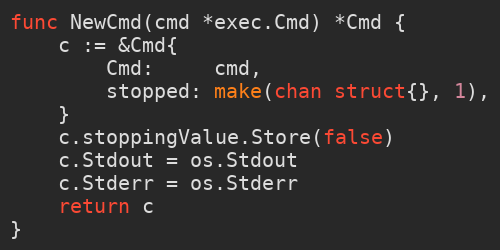
Language: Go
func NewCmd(cmd *exec.Cmd) *Cmd {
	c := &Cmd{
		Cmd:     cmd,
		stopped: make(chan struct{}, 1),
	}
	c.stoppingValue.Store(false)
	c.Stdout = os.Stdout
	c.Stderr = os.Stderr
	return c
}